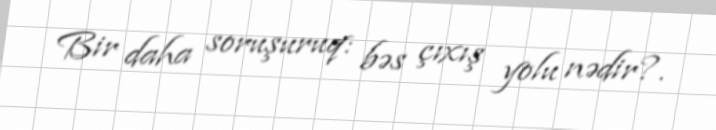
Bir daha soruşuruq: bəs çıxış yolu nədir?.